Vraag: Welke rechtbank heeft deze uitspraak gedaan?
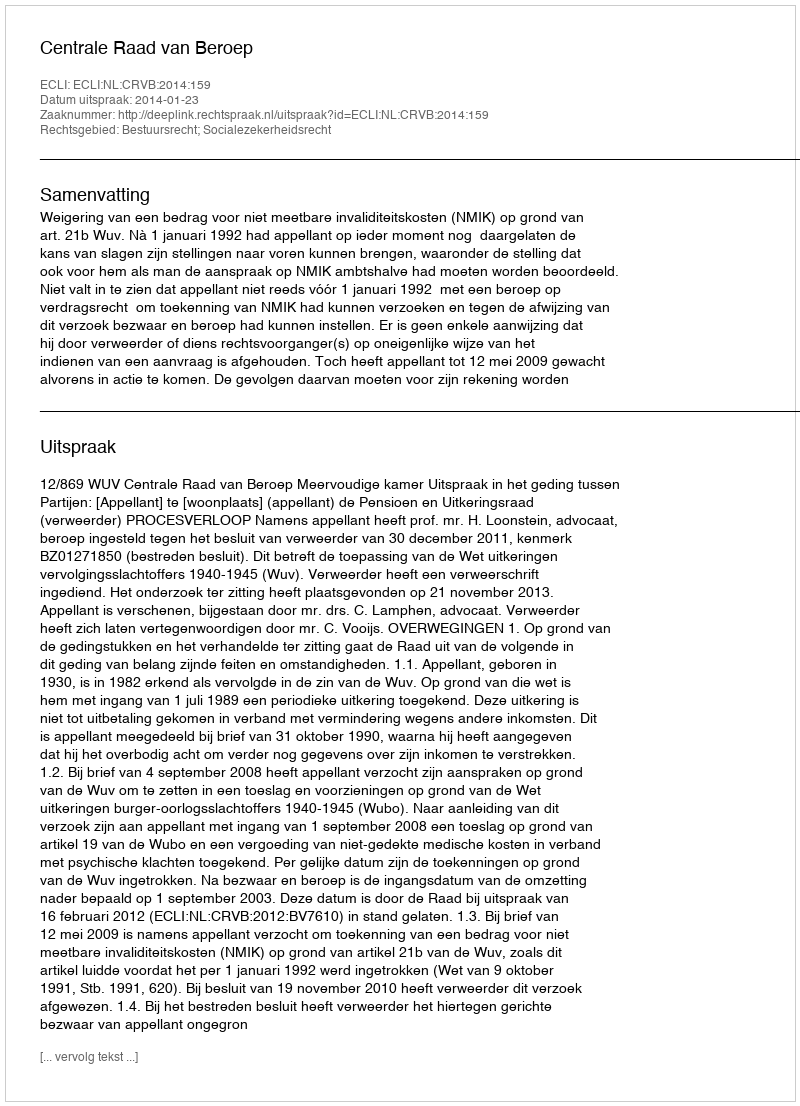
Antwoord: Centrale Raad van Beroep